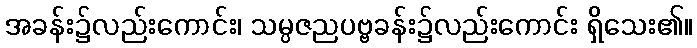
အခန်း၌လည်းကောင်း၊ သမ္ပဇညပဗ္ဗခန်း၌လည်းကောင်း ရှိသေး၏။